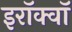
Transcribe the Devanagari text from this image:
इरॉक्वॉ